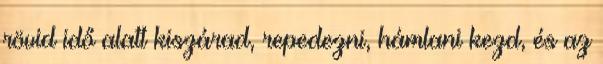
rövid idő alatt kiszárad, repedezni, hámlani kezd, és az